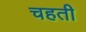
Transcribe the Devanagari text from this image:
चहती